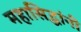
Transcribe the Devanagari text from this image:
महासिद्धांनी